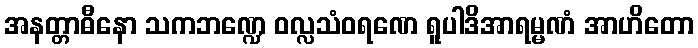
အနတ္တာဓီနော သကဘဏ္ဍေ ဝလ္လသံဝရဏေ ရူပါဒိအာရမ္မဏံ အာဟိတော